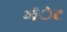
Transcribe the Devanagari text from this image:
भंेट